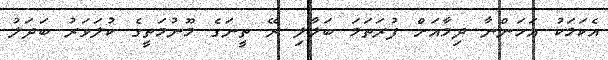
އެކަމަކު އަހަންނާ ދިމާއަށް ފުރަތަމަ ބަލާލި ރޭ ތީނަގެ މޫނުމަތީގެ ކުލަވަރު ބަދަލު